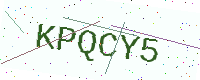
Text: KPQCY5